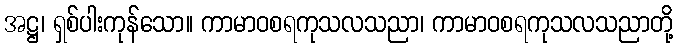
အဋ္ဌ၊ ရှစ်ပါးကုန်သော။ ကာမာဝစရကုသလသညာ၊ ကာမာဝစရကုသလသညာတို့